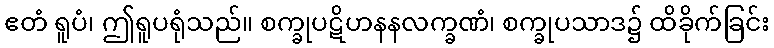
ဧတံ ရူပံ၊ ဤရူပရုံသည်။ စက္ခုပဋိဟနနလက္ခဏံ၊ စက္ခုပသာဒ၌ ထိခိုက်ခြင်း